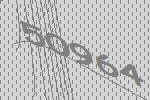
50964